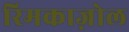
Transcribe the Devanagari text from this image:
रिमकाज़ोल